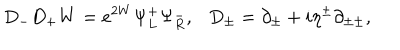
D _ { - } D _ { + } W = e ^ { 2 W } \Psi _ { L } ^ { + } \Psi _ { R } ^ { - } , D _ { \pm } = \partial _ { \pm } + i \eta ^ { \pm } \partial _ { \pm \pm } ,